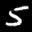
Label: 5